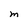
Character: M